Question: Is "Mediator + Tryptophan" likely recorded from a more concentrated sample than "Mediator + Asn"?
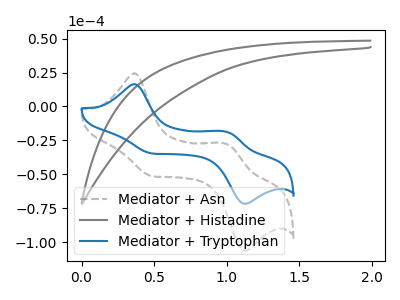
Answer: <think>The gray dashed curve "Mediator + Asn" has anodic peaks at (0.35V, 24.30uA) (1.00V, -27.75uA) and cathodic peaks at (0.50V, -51.55uA) (1.15V, -106.35uA). The gray curve "Mediator + Histadine" has no peaks. The blue curve "Mediator + Tryptophan" has anodic peaks at (0.35V, 16.40uA) (1.00V, -18.70uA) and cathodic peaks at (0.50V, -34.75uA) (1.15V, -71.75uA).
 All the peaks in "Mediator + Tryptophan" have a peak in "Mediator + Asn" at the same potential.</think>
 <answer>I cant tell if "Mediator + Tryptophan" or "Mediator + Asn" has more signal.</answer>
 <eval>mixed_signal</eval>